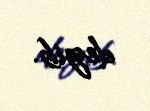
deyib.